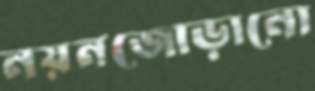
নয়নজোড়ানো